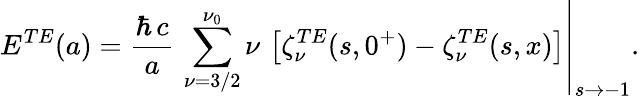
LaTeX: \displaystyle{E^{TE}(a)=\left.\frac{\hbar\, c}{a}\, \sum_{\nu=3/2}^{\nu_{0}}\nu\, \left[\zeta_{\nu}^{TE}(s,0^{+})-\zeta_{\nu}^{TE}(s,x)\right]\right|_{s\rightarrow-1}}.